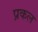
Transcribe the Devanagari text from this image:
प्रकल